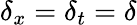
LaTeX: \delta_{x}=\delta_{t}=\delta